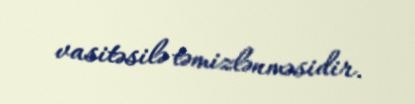
vasitəsilə təmizlənməsidir.